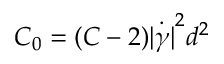
C _ { 0 } = ( C - 2 ) \dot { | \gamma | } ^ { 2 } d ^ { 2 }